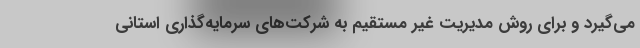
می‌گیرد و برای روش مدیریت غیر مستقیم به شرکت‌های سرمایه‌گذاری استانی